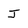
Character: J